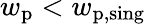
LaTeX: w_{\mathrm{p}}<w_{\mathrm{p,sing}}